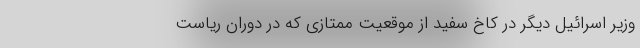
وزیر اسرائیل دیگر در کاخ سفید از موقعیت ممتازی که در دوران ریاست